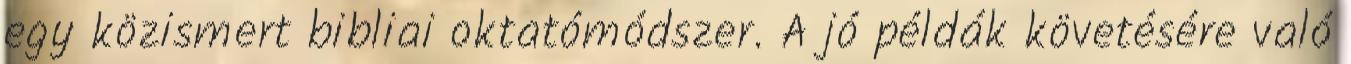
egy közismert bibliai oktatómódszer. A jó példák követésére való